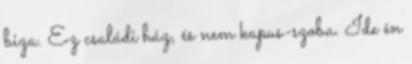
biza. Ez családi ház, és nem kapus-szoba. Ide én